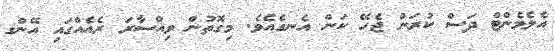
އެލެމެންޓް ދަސް ކުރަން ޖެހޭ ކަން އެނގެއެވެ. މިގޮތުން ވިއްސާރަ ރެއެއްގައި އޭންގ